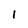
Character: 1